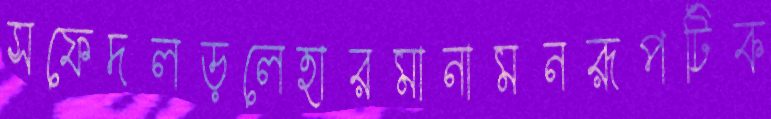
সফেদলড়লেহারমানামনরূপটিক